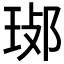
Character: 𤥸